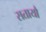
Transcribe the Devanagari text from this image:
सतायौ